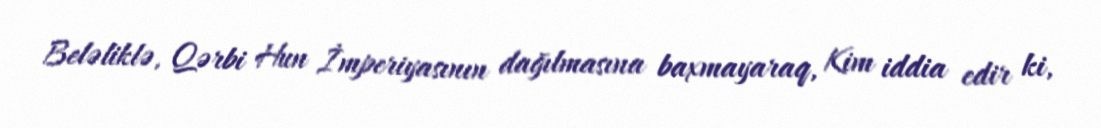
Beləliklə, Qərbi Hun İmperiyasının dağılmasına baxmayaraq, Kim iddia edir ki,